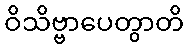
ဝိသိဗ္ဗာပေတွာတိ